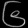
Digit: ၆